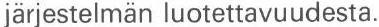
järjestelmän luotettavuudesta.